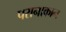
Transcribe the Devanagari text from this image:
परानाकान